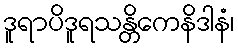
ဒူရာပိဒူရသန္တိကေနိဒါနံ၊